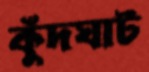
কুঁদঘাট